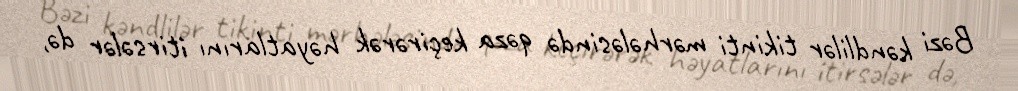
Bəzi kəndlilər tikinti mərhələsində qəza keçirərək həyatlarını itirsələr də,